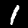
Label: 1